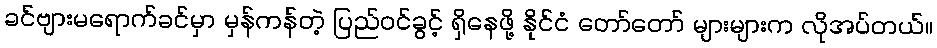
ခင်ဗျားမရောက်ခင်မှာ မှန်ကန်တဲ့ ပြည်ဝင်ခွင့် ရှိနေဖို့ နိုင်ငံ တော်တော် များများက လိုအပ်တယ်။